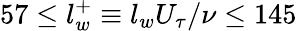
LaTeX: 57\leq l_{w}^{+}\equiv l_{w}U_{\tau}/\nu\leq 145